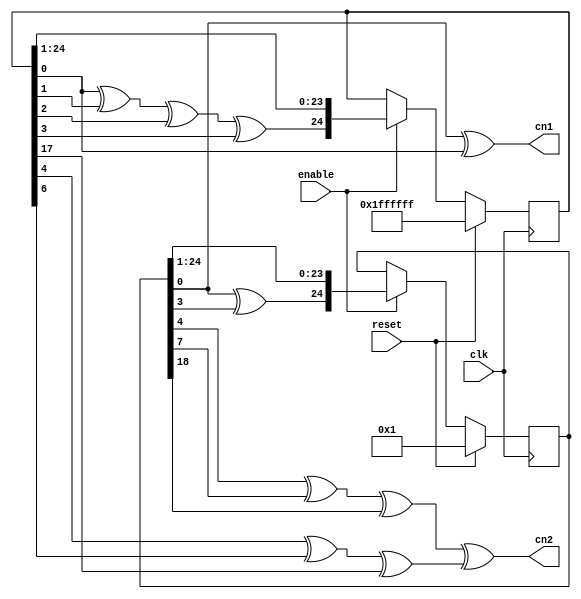
module scrambler_pn(
  input clk,
  input reset,
  input enable,
  output cn1,
  output cn2
);

  reg [24:0] reg0 = 25'b1;
  reg [24:0] reg1 = 25'h1ffffff;

  always @(posedge clk)
  begin
    if (reset)
    begin
      reg0 <= 25'b1;
      reg1 <= 25'h1ffffff;
    end else if (enable) begin
      reg0 <= {reg0[0] ^ reg0[3], reg0[24:1]};
      reg1 <= {reg1[0] ^ reg1[1] ^ reg1[2] ^ reg1[3], reg1[24:1]};
    end
  end

  assign cn1 = reg0[0] ^ reg1[0];
  assign cn2 = (reg0[4] ^ reg0[7] ^ reg0[18]) ^ (reg1[4] ^ reg1[6] ^ reg1[17]);

endmodule

module scrambler(
  input clk,
  input reset,
  input enable,
  output valid,
  output [1:0] out);

  reg w1 = 1'b0;
  reg l_cn2 = 1'b0;
  reg data_valid = 1'b0;
  wire cn1, cn2;

  scrambler_pn pn0(
    .clk(clk),
    .enable(enable),
    .reset(reset),
    .cn1(cn1),
    .cn2(cn2)
  );

  always @(posedge clk)
  begin
    if (reset)
    begin
      w1 <= 1'b0;
      l_cn2 <= 1'b0;
    end
    else if (enable) begin
      data_valid <= 1'b0;
      w1 <= ~w1;
      l_cn2 <= cn2;
    end else begin
      data_valid <= 1'b1;
    end
  end

  assign valid = data_valid;
  assign out = {~cn1, ~ (w1 ^ cn1 ^ (w1 ? l_cn2 : cn2))};

endmodule